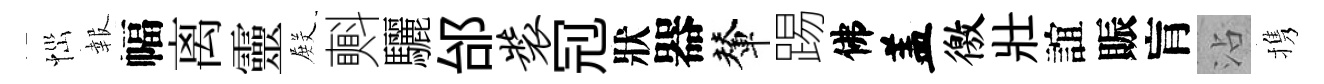
𢙉報幅离靈𭮺㪺驪邰装𠜍狀器輦踢佛盖徼壯誼賑肓沾携